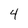
Character: 4